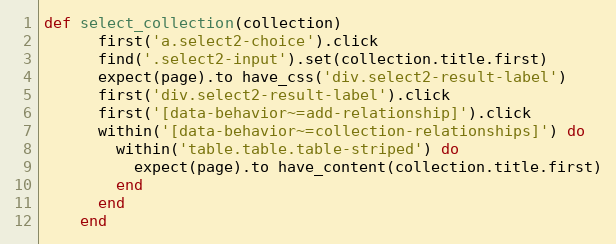
Language: Ruby
def select_collection(collection)
      first('a.select2-choice').click
      find('.select2-input').set(collection.title.first)
      expect(page).to have_css('div.select2-result-label')
      first('div.select2-result-label').click
      first('[data-behavior~=add-relationship]').click
      within('[data-behavior~=collection-relationships]') do
        within('table.table.table-striped') do
          expect(page).to have_content(collection.title.first)
        end
      end
    end